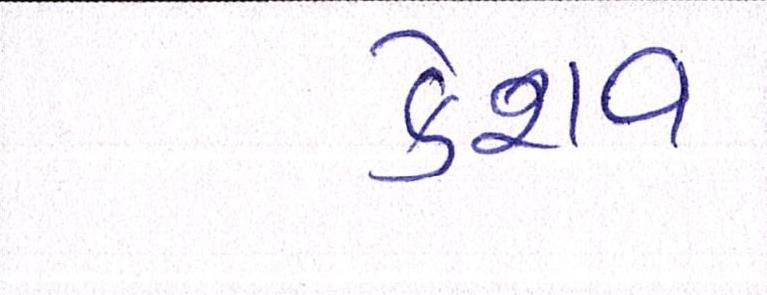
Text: કેશવ